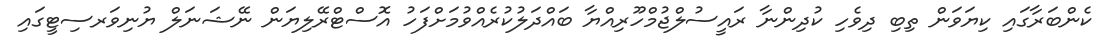
ކެންބަރާގައި ކިޔަވަން ތިބި ދިވެހި ކުދިންނާ ރައީސުލްޖުމްހޫރިއްޔާ ބައްދަލުކުރެއްވުމަށްފަހު އޮސްޓްރޭލިޔަން ނޭޝަނަލް ޔުނިވަރސިޓީގައި